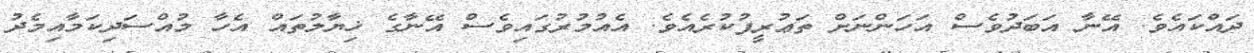
ދައްކައެވެ. އޭނާ އަބަދުވެސް އަހަންނަށް ތަޢުރީފުކުރެއެވެ. އެއުމުރުގައިވެސް އޭނާގެ ޚިޔާލުތައް އެހާ މުއްސަދިކަމާއިމެދު